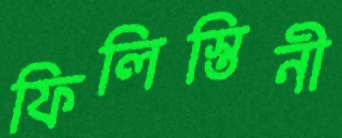
ফিলিস্তিনী